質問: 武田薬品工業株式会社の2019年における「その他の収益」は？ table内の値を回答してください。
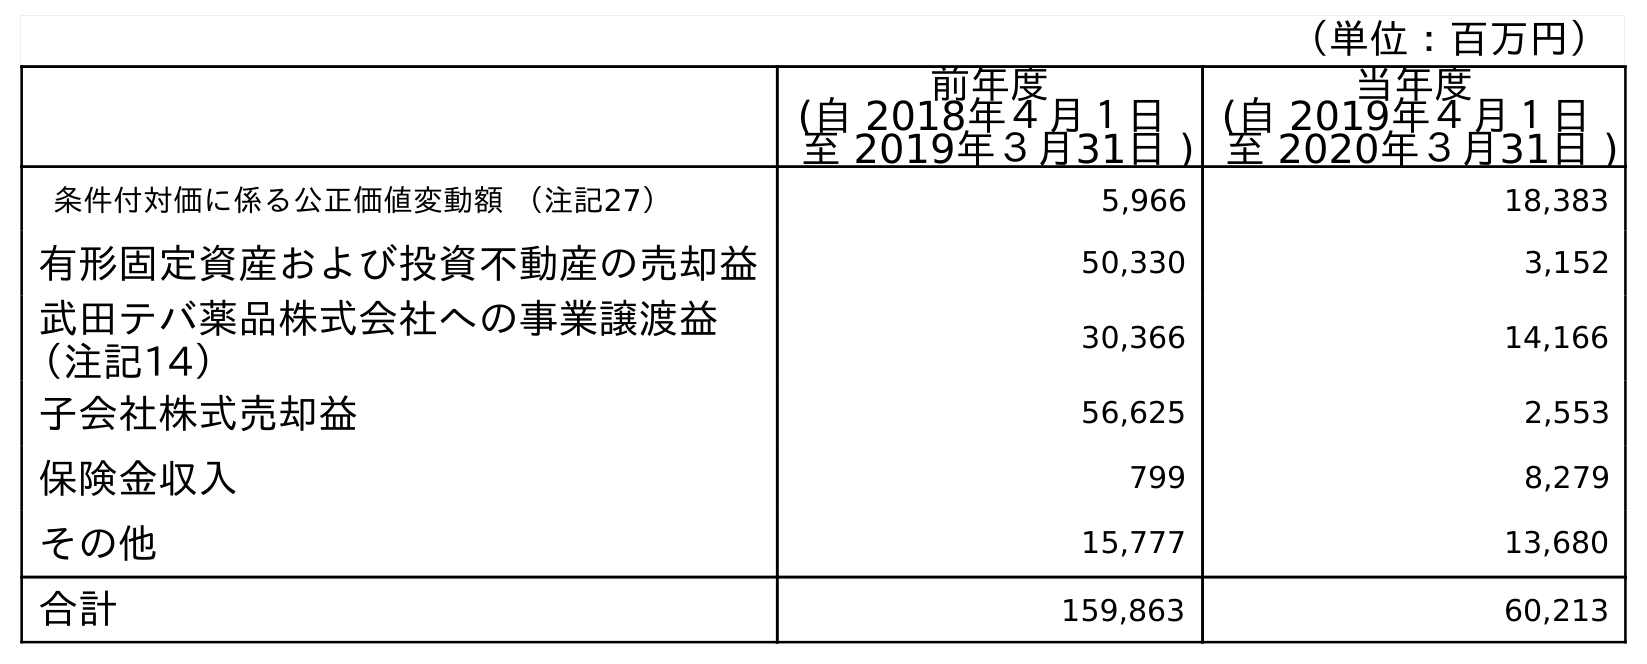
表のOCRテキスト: （単位：百万円） 前年度 (自 2018年４月１日 至 2019年３月31日 ) 当年度 (自 2019年４月１日 至 2020年３月31日 ) 条件付対価に係る公正価値変動額 （注記27） 5,966 18,383 有形固定資産および投資不動産の売却益 50,330 3,152 武田テバ薬品株式会社への事業譲渡益 （注記14） 30,366 14,166 子会社株式売却益 56,625 2,553 保険金収入 799 8,279 その他 15,777 13,680 合計 159,863 60,213
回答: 159,863